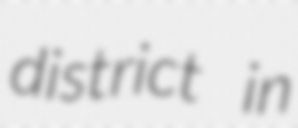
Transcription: district in